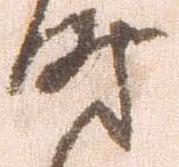
時